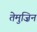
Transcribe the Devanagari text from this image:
तेमुज़िन